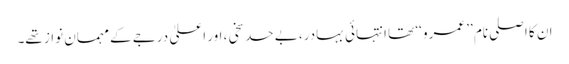
ان کا اصلی نام ’’ عمرو ‘‘ تھا انتہائی بہادر، بے حد سخی، اور اعلیٰ درجے کے مہمان نواز تھے۔